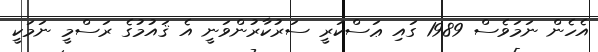
އެހެން ނަމަވެސް 1989 ގައި ޢަސްކަރީ ސަރުކާރުންވަނީ އެ ޤައުމުގެ ރަސްމީ ނަމަކީ